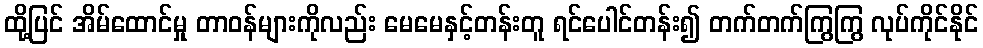
ထို့ပြင် အိမ်ထောင်မှု တာဝန်များကိုလည်း မေမေနှင့်တန်းတူ ရင်ပေါင်တန်း၍ တက်တက်ကြွကြွ လုပ်ကိုင်နိုင်